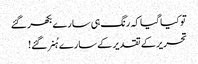
تو کیا گیا کہ رنگ ہی سارے بکھر گئے
تحریر کے تقدیر کے سارے ہُنر گئے !